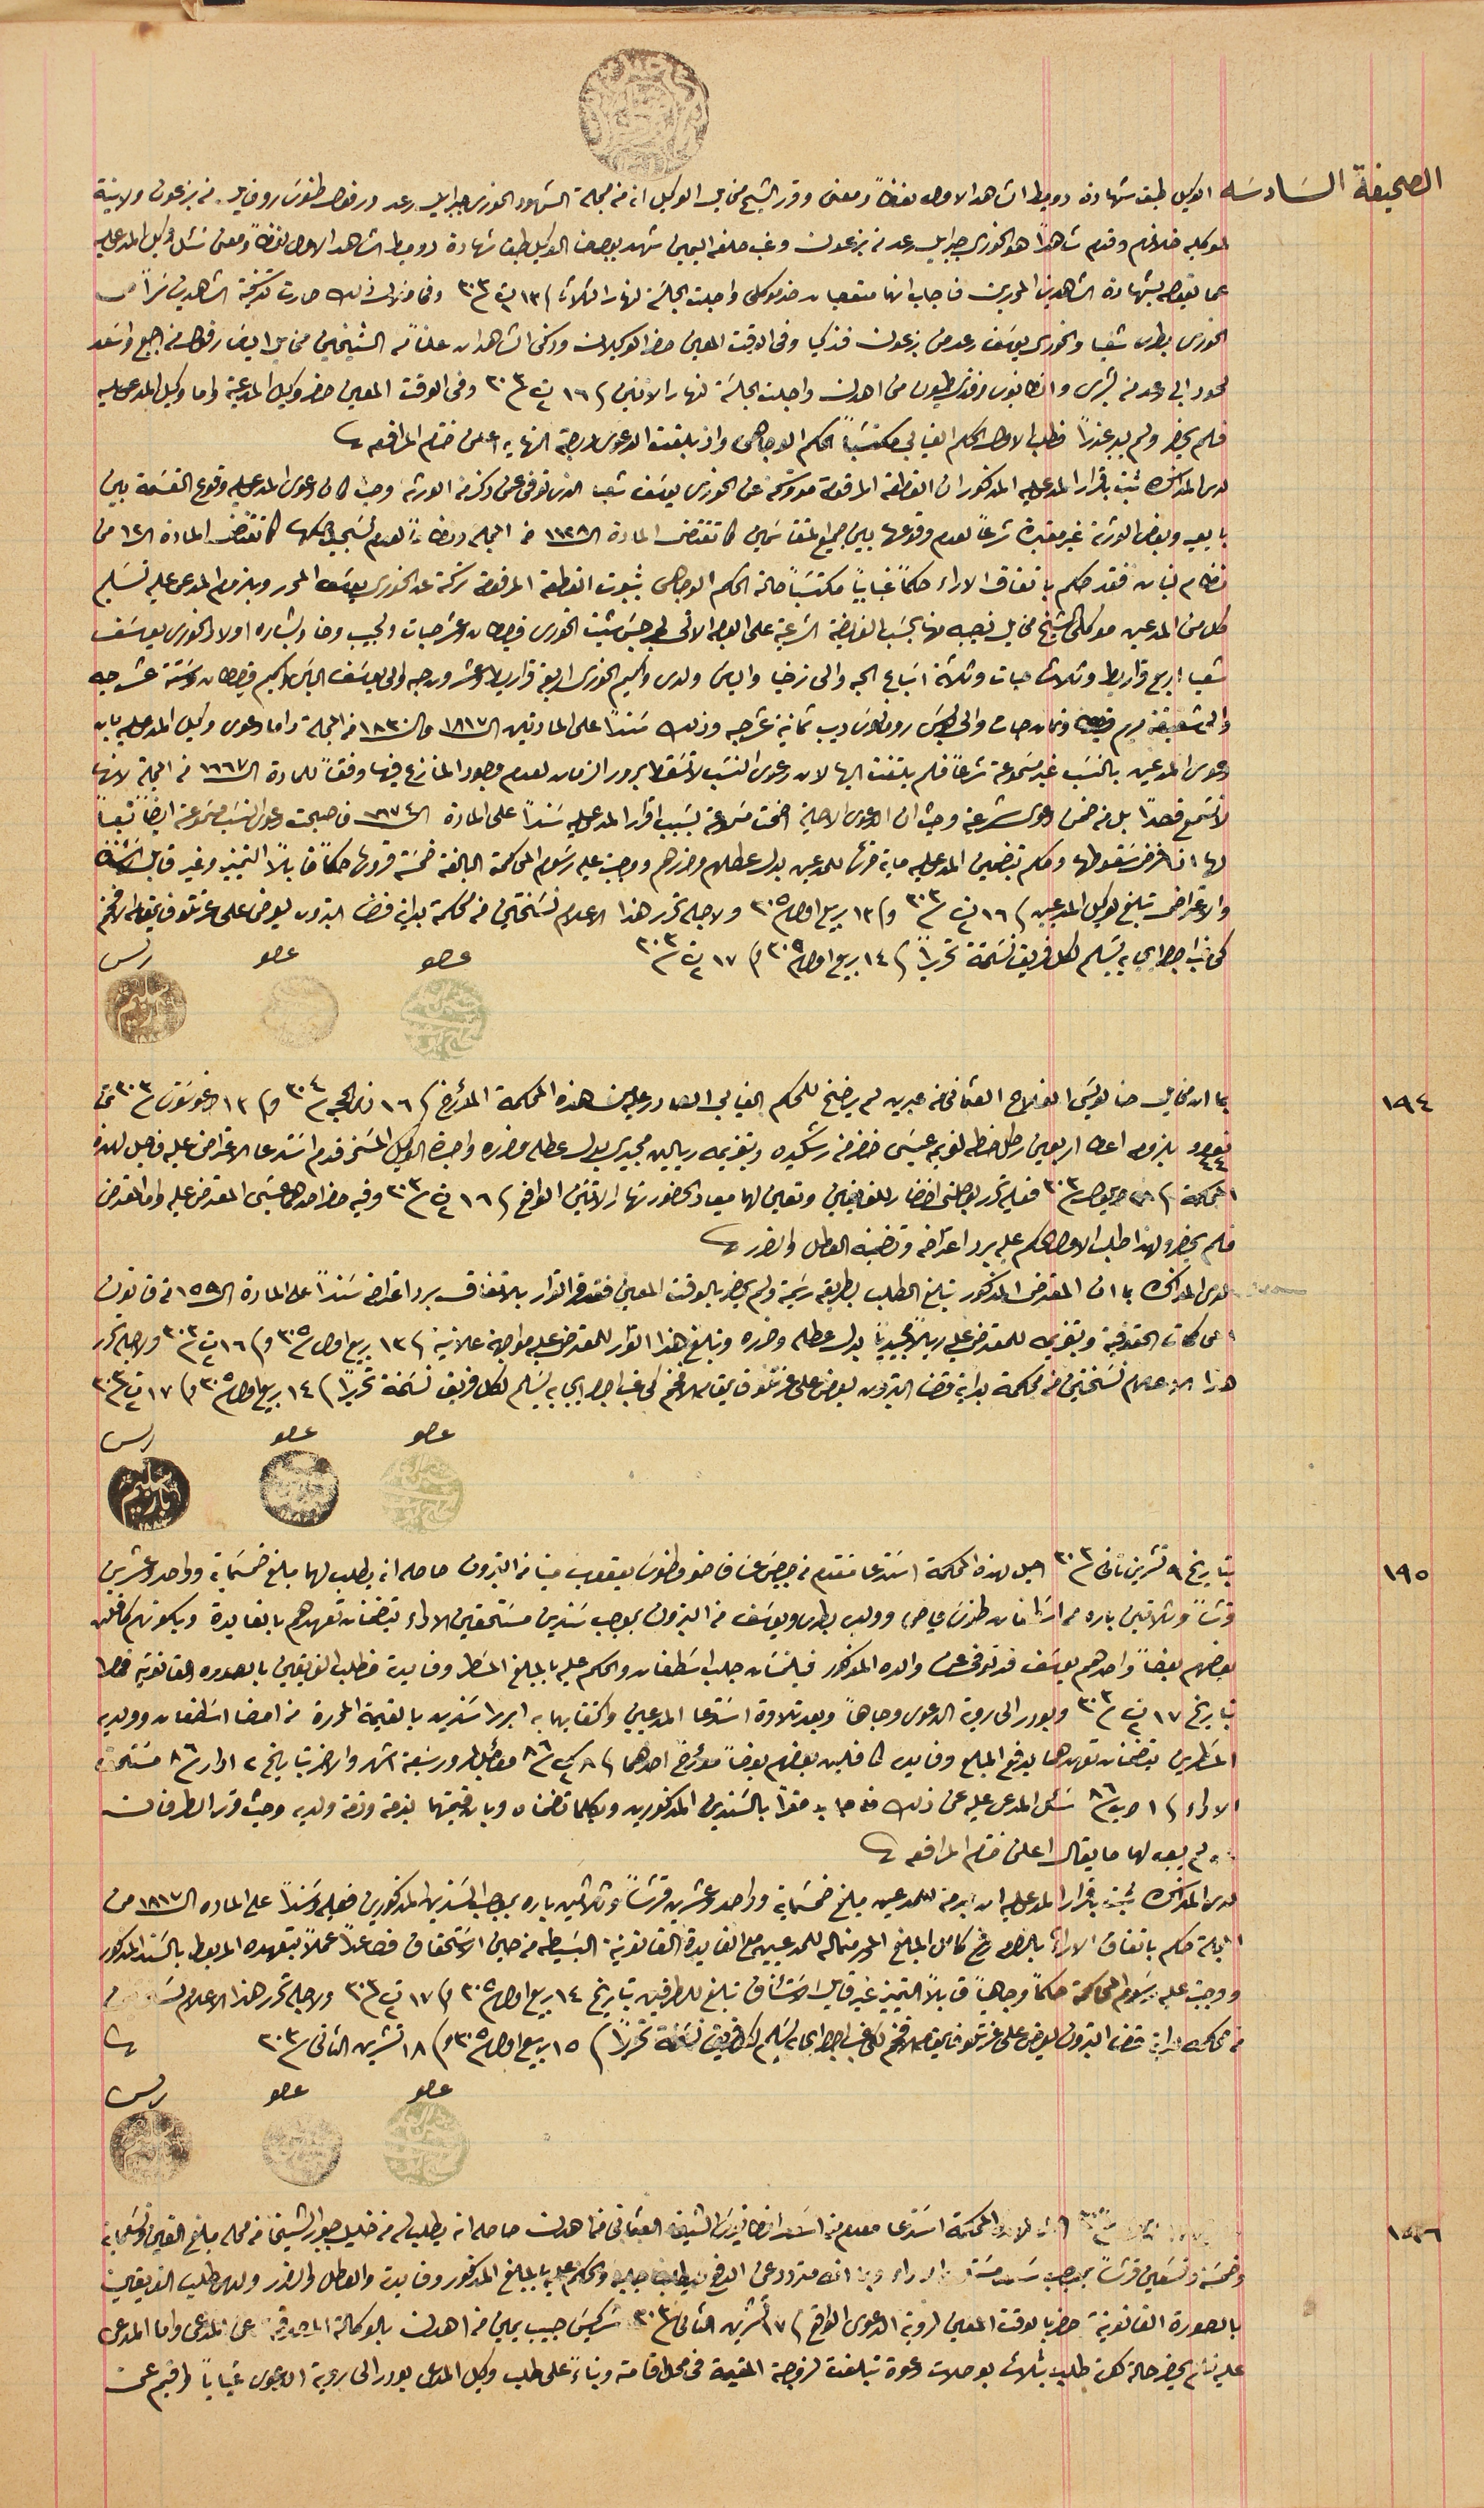
الصحيفة السَادسَه الوكيل طبق شهادة دوميط الشاهد الاول لفظاً ومعنى وقرر الشيح مخايل الوكيل انه من جملة الشهود الخورى جبرايل رعد ورفول طنوس روفايل من بزعون ولا بينة
عما تعيصه بشهادة الشاهدين المحررين فاجاب انها متعصبان ضد موكلى واجلت الجلسَه لنهار الثلاثا ١٣ ت١ ٣٠٣ وفى خلال ذلك صارت تذكية الشاهدين سراً من
الخورى بطرس شعيا والخوري يوسَف رعد من بزعون فزكيا وفى الوقت المعين حضر الوكيلان وذكى الشاهدان علناً من الشيخين مخايل الياسَ رفول من اجبع واسَعد
لحود ابي رعد من بشرى وانطانيوس افندى طيون من اهدن واجلت الجلسَة لنهار الاثنين / ١٦ ت٢ ٣٠٣ وفى الوقت المعين حضر وكيل المدعيةواما وكيل المدعى عليه
فلم يحضر ولم يبد عذرًا فطلب الاول الحكم الغيابي مكتسبًا الحكم الوجاهى واذ بلغت الدعوى درجة النهايه اعلن ختام المرافعه
لدى المذاكره ثبت باقرار المدعى عليه المذكور ان القطعة المرقومة متروكة عن الخورى يوسَف شعيا الذى توفى عمن ذكر من الورثة وحيث كان دعوى المدعى عليه وقوع القسَمة بين
بايعيه وبعض الورثة غير معتبرة شرعاً لعدم وقوعها بين جميع المتقاسمين في مقتضى المادة ال ١١٢٨ من المجلة دون ولعدم تسجيل صكها كما تقتضى المادة ال ١٢ من
نظام لبنان فقد حكم باتفاق الاراء حكماً غيابياً مكتسَباً حالة الحكم الوجاهى بثبوت القطعة المرقومة تركة عن الخورى يوسَف المحرر وبلزوم المدعى عليه تسَليم
كل من المدعين موكلى الشيخ مخايل نصيبه منها بحسَب الفريضة الشرعية على الوجه الاتى لجرجس شيت الخورى قيرطان وعشر حبات ولحبيب وحنا وبشاره اولاد الخورى يوسَف
شعيا اربع قراريط وثلاث حبات وثلاثة اسَباع الحبه والى زخيا والياسَ ولدى واكيم الخورى اربعة قراريط وعشرون حبه والى يوسَف الياسَ واكيم قيراطان وستة عشر حبه
والى شقيقته مريم قيراط وتمان حبات والى بولسَ رومانوس ديب ثمانية عشر حبه وذلك سَنداً على المادتين ال ١٨١٧ و ال ١٨٣٠ من المجلة واما دعوى وكيل المدعى عليه بان
دعوى المدعين بالنسَب غير مسَموعة شرعاً فلم يلتفت اليها لان دعوى النسَب لاتسَقط بمرور الزمان لعدم وجود المنازع فيها وفقاً للمادة الـ ١٦٦٧ من المجلة لانها
لا تسَمع قصداً بل من ضمن دعوى شرعية وحيث ان الدعوى الاصلية اضحت مسموعة بسَبب اقرار المدعى عليه سَنداً على المادة الـ ١٦٧٤ فاصبحت دعوى النسَب مسموعة ايضا نسبياً
 والاعتراض تبلغ لوكيل المدعين فى ١٦ ت٢ سنة ٣٠٣ وفى ١٣ ربيع اول ٣٠٥ ولاجله تحرر هذا الاعلام نسَختين من محكمة بداية قضا البترون يعرض على عزتلو قايمقام الافخم
كتاب اجراي به تسليم لكل فريق نسَخة تحريراً فى ١٤ ربيع اول ٣٠٥ و١٧ ت٢ ٣٠٣              عصو                 عصو                    ريس
بما ان مخايل حنا لويسَ الفلاح العثماني من عبرين لم يرضخ للحكم الغيابي الصادر عليه من هذه المحكمة المؤرخ فى ١٦ ذو الحجة ٣٠٤  وفى ١٣ اوغوستوسَ/٣٠٣ تحت
نومرو ٤٤ بلزوم اعطا اربعين رطل حنطة لفريم عيسَى خضر من رشكيده وتغريمه ريالين مجيدي بدل عطله وضرره واجرة الوكيل المسَمى قدم اسَتدعا الاعتراض عليه فاحيل لهذه
المحكمة فى ٢٨ ايلول /٣٠٣ فعليه تحرر بوصلتى احضار للغايبين وتعين لهما ميعاد الحضور نهار الاثنين الواقع فى ١٦ ت٢ / ٣٠٣ وفيه حضر احدهما عيسَى المعترض عليه واما المعترض
فلم يحضر ولهذا طلب الاول الحكم عليه برد اعتراضه وتضمينه العطل والضرر
 لدى المذاكرة بما ان المعترض المذكور تبلغ الطلب بطريقة رسَمية ولم يحضر بالوقت المعين فقد قر القرار بالاتفاق برد اعتراضه سَنداً على المادة ال١٥٩ من قانون
المحاكمات الحقوقية وتغريمه للمعترض عليه ريالاً مجيدياً بدل عطله وضرره وتبلغ هذا القرار للمعترض عليه مواجهة علانية فى ١٣ ربيع اول /٣٠٥ و فى ١٦ ت٢/ ٣٠٣ ولاجله تحرر
هذا الاعلام نسَختين من محكمة بدايه قضا البترون يعرض على عزتلو قايمقام الافخم كى غب اجرا ايجابه يسَلم لكل فريق نسَخة تحريراً فى ١٤ ربيع اول /٣٠٥ وفى ١٧ت٢ /٣٠٣
 عصو          عصو                رىس
بتاريخ ٩ تشرين تانى / ٣٠٣ اجل لهذه المحكمة اسَتدعا مُقدم من جرجسَ عسَاف صقر وطنوس يعقوب مينا من البترون حاصله انه يطلب لهما مبلغ خمسَماية وواحد وعشرين
قرشاً وثلاثين باره من اسَطفان طنوس فياض وولديه بطرس ويوسَف من البترون بموجب سَندين مسَتحقين الاداء يتضمنان تعهدهم بالفايدة وبكونهم كافلن
بعضهم بعضاً واحدهم يوسَف قد توفى عن والده المذكور فيلتمسَان جلب اسَطفان والحكم عليه بالمبلغ المسَطر وفايدته فطلب الفريقين بالصوره القانونية فحضرا
بتاريخ ١٧ ت٢ /٣٠٣ وبودر الى روية الدعوى وجاهاً وبعد تلاوة اسَتدعا المدعيين واكتفايهما به ابرزا سندين بالقيمة المحررة من امضا اسَطفان وولديه
المسَطرين يتضمنان تعهدهما بدفع المبلغ وفايدته كافلين بعضهم بعضاً مؤرخ احدهما فى ٨ ك٢ / ٨٦ مؤجل لمرور سَبعة اشهر والاخر بتاريخ ٢ ادار /٨٦ مسَتحق
الاداء فى ١ اب /٨٦ سَئل المدعى عليه عن ذلك من جديد مقرًا بالسندين المذكورين وبكلما تضمنان وبان قيمتهما بذمته وذمة ولديه وحيث قرر الطرفان
ولم يعد لها ما يقال اعلن ختام المرافعة
لدى المذاكرة ثبت باقرارا المدعى عليه انه بذمته للمدعين مبلغ خمسَماية وواحد وعشرين قرشاً وثلاثين باره بموجب السَندين المذكورين فعليه وسَنداً على الماده الـ١٨١٧ من
المجلة حكم باتفاق الاراء بالضرر دفع كامل المبلغ المحرر للمدعيين مع الفايدة القانونية البسَيطه من حين الاستحقاق فصاعداً عملاً بتعهده المربوط بالسَند المذكور
ووجب عليه رسَوم المحاكمة حكماً وجاهياً قابلاً للتمييز غير قابل الاسَتئناف تبلغ الطرفين بتاريخ ١٤ ربيع اول / ٣٠٥ وفى ١٧ ت٢/ ٣٠٣ ولاجله تحرر هذا الاعلام نسختين
من محكمه بداية قضا البترون يعرض على عزتلو قايمقام الافخم لكى غب اجراي يسَلم لكل فريق نسخة تحرراً فى ١٥ ربيع اول /٣٠٥ وفى ١٨ تشرين الثانى /٣٠٣
عصو          عصو                     رىس
المحكمه استدعا مقدم من اسَعد امطانيوسَ الشيخه العثماني من اهدن حاصله انه يطلب من خليل جبور الشيخا من محله مبلغ الفين وتسَعماية
وخمسَة وتسَعين قرشاً بموجب سند مسَتحق الاداء وبما انه متردد عن الدفع فيطلب جلبه والحكم عليه بالمبلغ المذكور وفايدته والعطل والضرر ولدى طلب الفريقين
 بالصورة القانونية حضريا بالوقت المعين لروية الدعوى الواقع فى ١٧ تشرين الثانى ٣٠٣ سَركيسِ حبيب يمين من اهدن بالوكالة المصدقة عن المدعى واما المدعى
 عليه لم يحضر حالة كون طلب بثلاث بوصلات دعوة تبلغت لزوجته المقيمة في محل اقامته وبناءً على طلب وكيل المدعى بودر الى روية الدعوى غياباً واقيم عن
لموكليه خلافهم وقدم شاهدًا هو الخورى جبرايل رعد من بزعون وغب حلفه اليمين شهد بوجه حنا الوكيل طبق شهادة دوميط الشاهد الاول لفظاً ومعنى سَئل وكيل المدعى عليه
لها اذا فرض سقوطها وحكم بتضمين المدعى عليه ماية قرشاً للمدعين بدل عطلهم وضررهم ووجبت عليه رسوم المحاكمة البالغة خمسَة قروش حكماً قابلًا التمييز وغير قابل